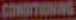
CONDITIONING